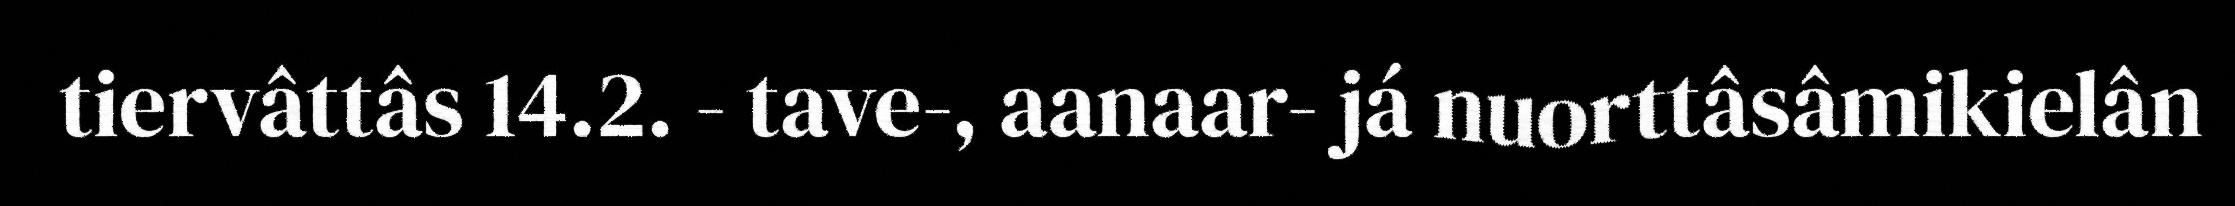
tiervâttâs 14.2. - tave-, aanaar- já nuorttâsâmikielân